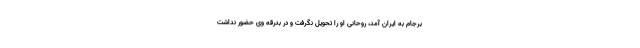
برجام به ایران آمد، روحانی او را تحویل نگرفت و در بدرقه وی حضور نداشت